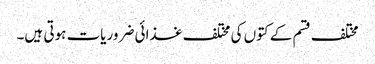
مختلف قسم کے کتوں کی مختلف غذائی ضروریات ہوتی ہیں۔